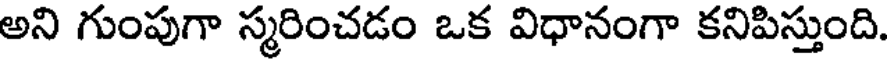
అని గుంపుగా స్మరించడం ఒక విధానంగా కనిపిస్తుంది.